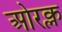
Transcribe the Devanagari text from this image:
ओरक्ल